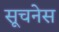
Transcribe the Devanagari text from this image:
सूचनेस